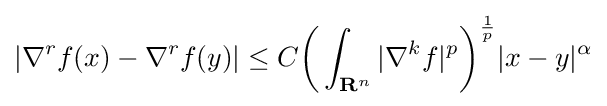
\vert \nabla ^{r}f(x)-\nabla ^{r}f(y)\vert \leq C{\biggl (}\int _{\mathbf {R} ^{n}}\vert \nabla ^{k}f\vert ^{p}{\biggr )}^{\frac {1}{p}}\vert x-y\vert ^{\alpha }